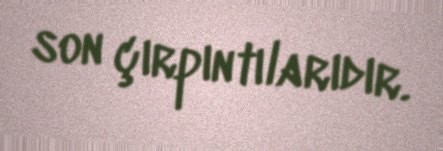
son çırpıntılarıdır.